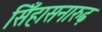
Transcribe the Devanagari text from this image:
सिँहासनारुढ़